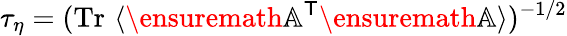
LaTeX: \tau_{\eta}=(\mathrm{Tr}\, \, \langle\ensuremath{\mathbb{A}}^{\sf T}\ensuremath{\mathbb{A}}\rangle)^{-1/2}